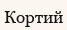
Кортий